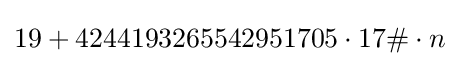
19+4244193265542951705\cdot 17\#\cdot n